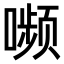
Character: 𫫾